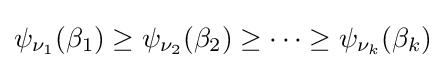
\psi _{\nu _{1}}(\beta _{1})\geq \psi _{\nu _{2}}(\beta _{2})\geq \cdots \geq \psi _{\nu _{k}}(\beta _{k})